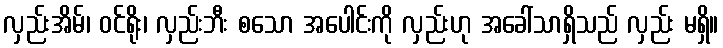
လှည်းအိမ်၊ ဝင်ရိုး၊ လှည်းဘီး စသော အပေါင်းကို လှည်းဟု အခေါ်သာရှိသည် လှည်း မရှိ။